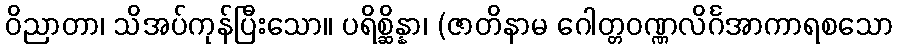
ဝိညာတာ၊ သိအပ်ကုန်ပြီးသော။ ပရိစ္ဆိန္နာ၊ (ဇာတိနာမ ဂေါတ္တဝဏ္ဏလိင်္ဂအာကာရစသော